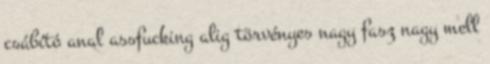
csábító anal assfucking alig törvényes nagy fasz nagy mell